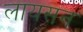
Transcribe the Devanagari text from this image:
लायसन